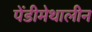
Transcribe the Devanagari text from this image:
पेंडीमेथालीन